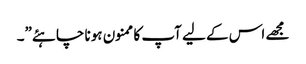
مجھے اس کے لیے آپ کا ممنون ہونا چاہئے”۔